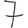
Digit: 7